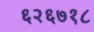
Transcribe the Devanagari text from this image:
६२६७१८